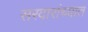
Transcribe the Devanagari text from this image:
सरदारांच्यात